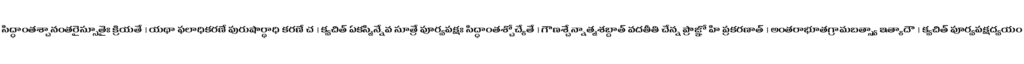
సిద్ధాంతశ్చానంతరైస్సూతైః క్రియతే । యథా ఫలాధికరణే పురుషార్థాధి కరణే చ । క్వచిత్ ఏకస్మిన్నేవ సూత్రే పూర్వపక్షః సిద్ధాంతశ్చోచ్యేతే । గౌణశ్చేన్నాత్మశబ్దాత్ వదతీతి చేన్న ప్రాజ్ఞో హి ప్రకరణాత్ । అంతరాభూతగ్రామబత్స్వా ఇత్యాదౌ । క్వచిత్ పూర్వపక్షద్వయం